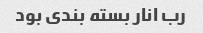
رب انار بسته بندی بود